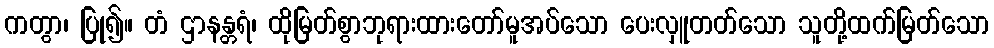
ကတွာ၊ ပြု၍။ တံ ဌာနန္တရံ၊ ထိုမြတ်စွာဘုရားထားတော်မူအပ်သော ပေးလှူတတ်သော သူတို့ထက်မြတ်သော